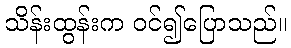
သိန်းထွန်းက ဝင်၍ပြောသည်။